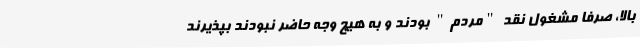
بالا، صرفا مشغول نقد "مردم" بودند و به هیچ وجه حاضر نبودند بپذیرند